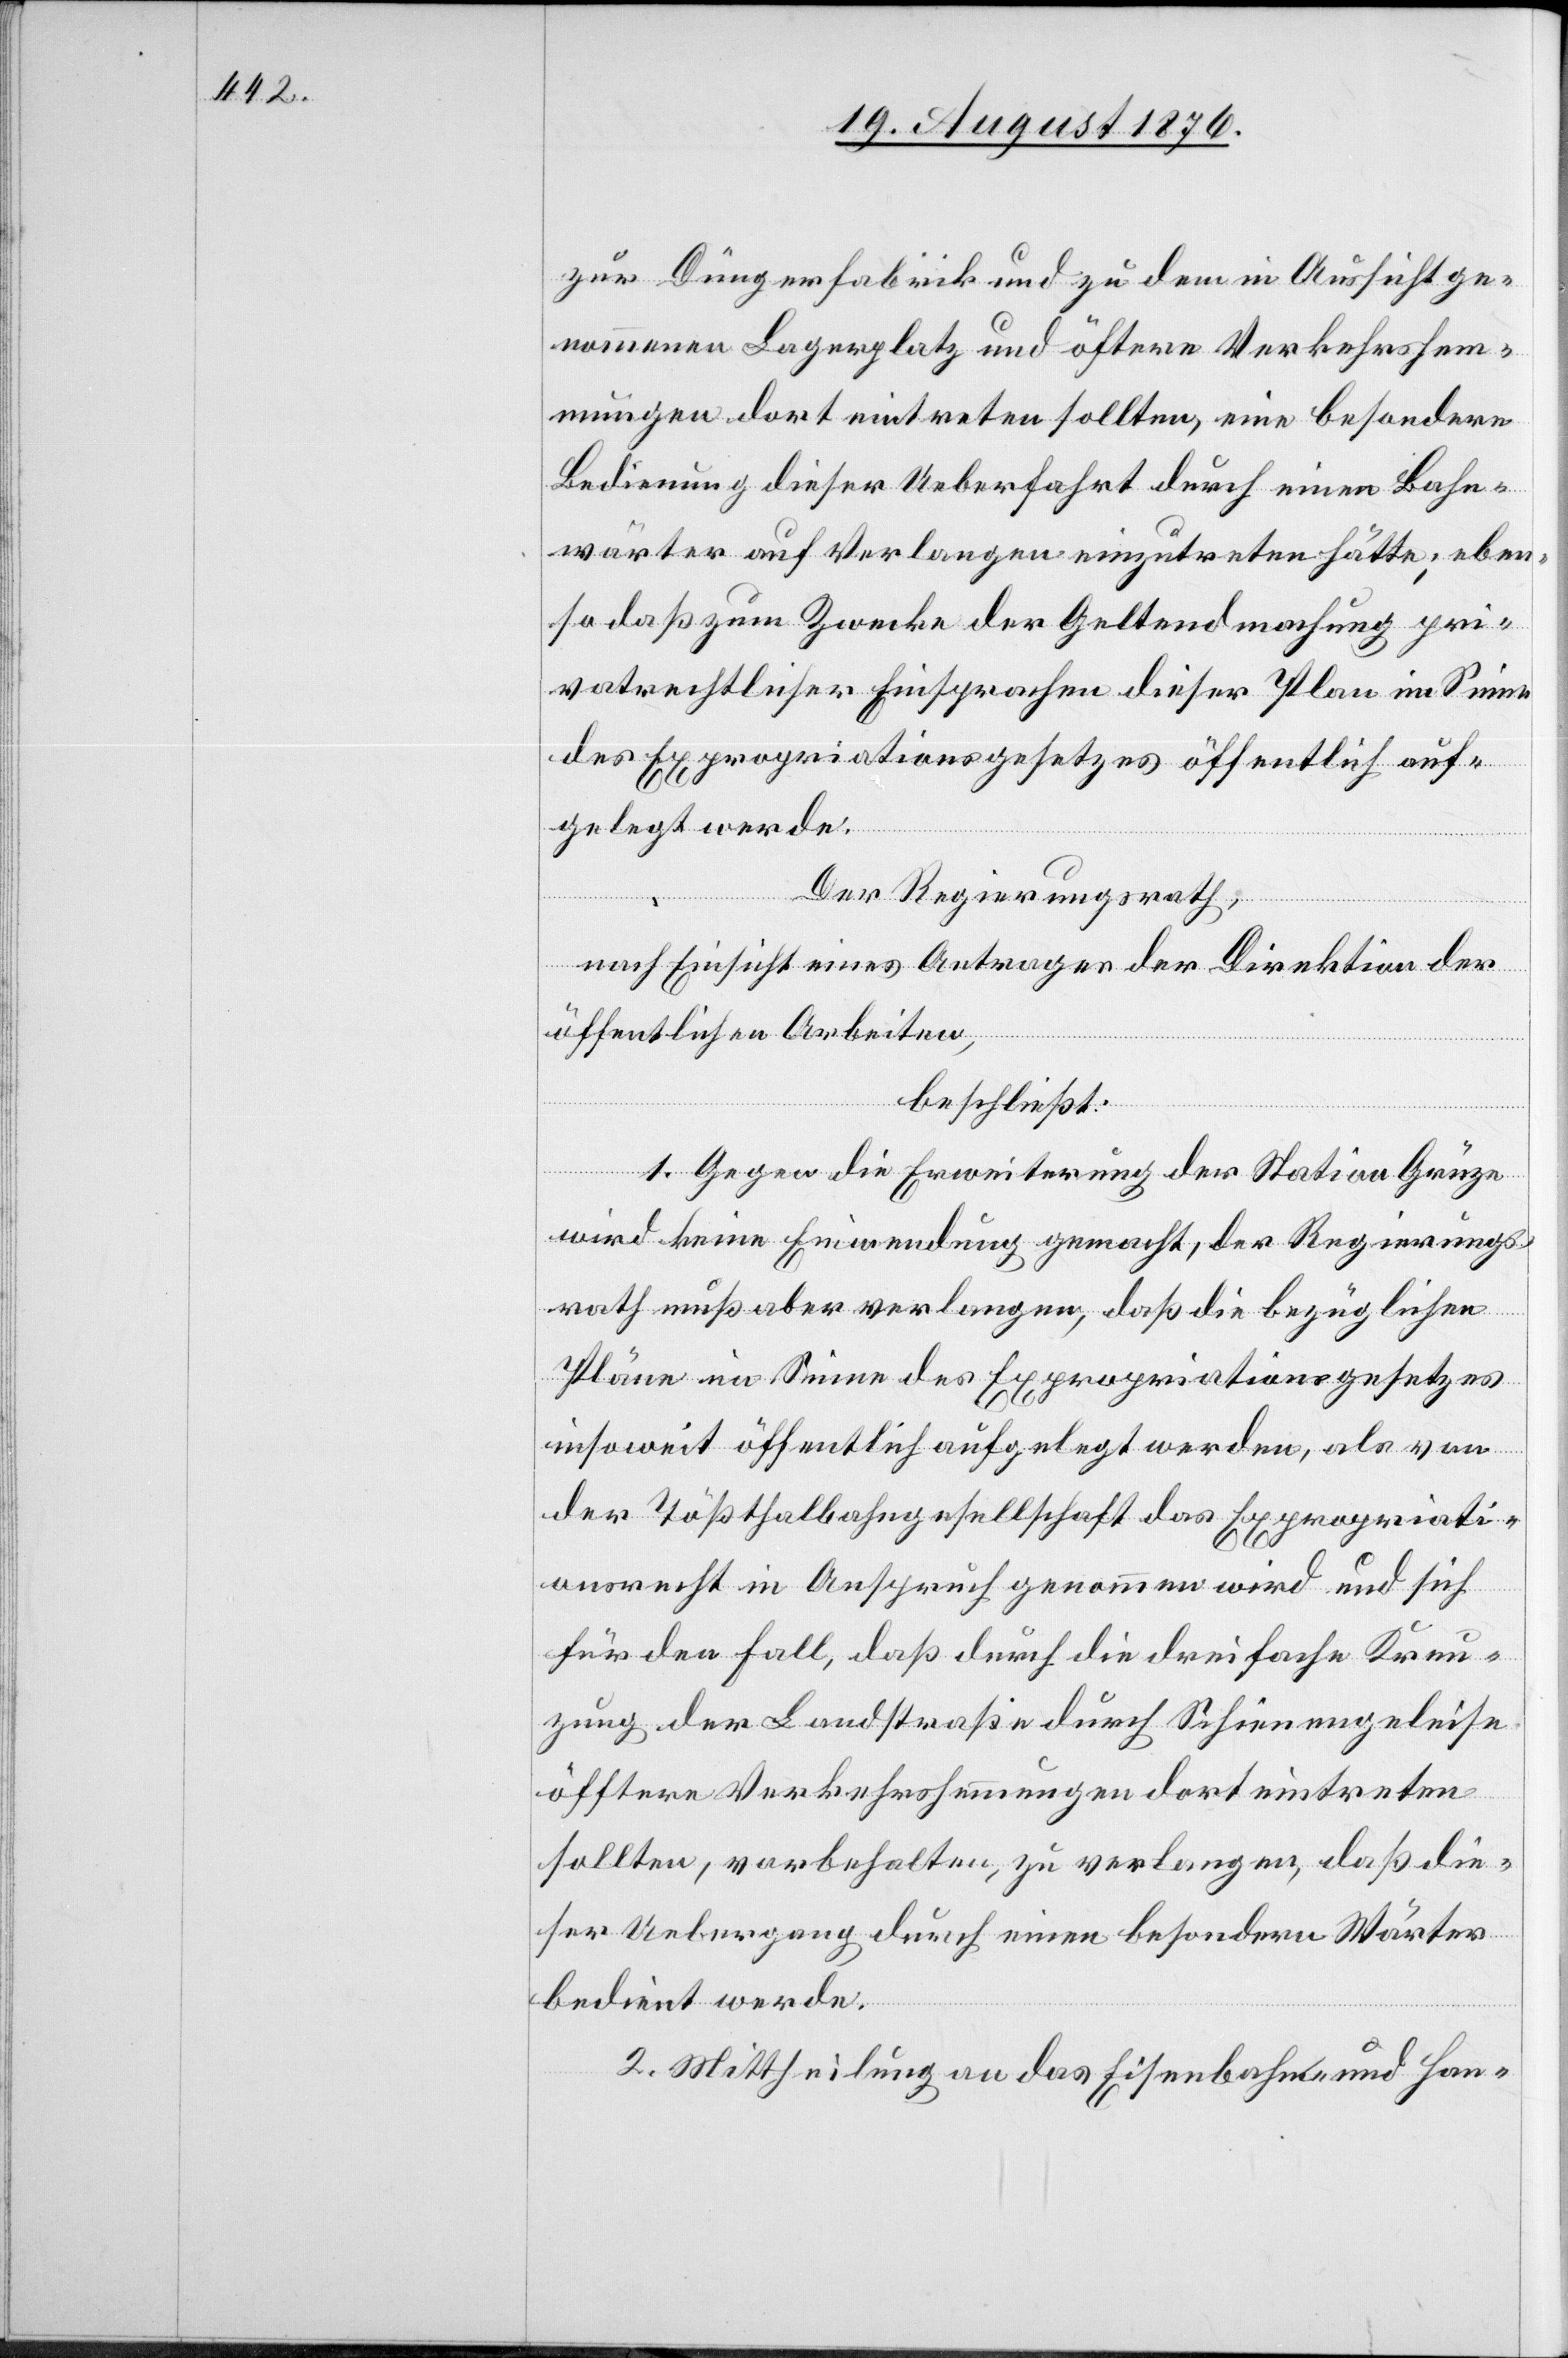
zur Düngerfabrik und zu dem in Aussicht ge¬
nommenen Lagerplatz und öftere Verkehrshem¬
mungen dort eintreten sollten, eine besondere
Bedienung dieser Ueberfahrt durch einen Bahn¬
wörter auf Verlangen einzutreten hätte; eben¬
so daß zum Zwecke der Geltendmachung pri¬
vatrechtlicher Einsprachen dieser Plan im Sinne
des Expropriationsgesetzes öffentlich auf¬
gelegt werde.
Der Regierungsrath,
nach Einsicht eines Antrages der Direktion der
öffentlichen Arbeiten,
beschließt:
1. Gegen die Erweiterung der Station Grüze
wird keine Einwendung gemacht, der Regierungs¬
rath muß aber verlangen, daß die bezüglichen
Pläne im Sinne des Expropriationsgesetzes
insoweit öffentlich aufgelegt werden, als von
der Tößthalbahngesellschaft das Expropriati¬
onsrecht in Anspruch genommen wird und sich
für den Fall, daß durch die dreifache Kreu¬
zung der Landstraße durch Schienengeleise
öfftere [sic!] Verkehrshemmungen dort eintreten
sollten, vorbehalten, zu verlangen, daß die¬
ser Uebergang durch einen besondern Wärter
bedient werde.
2. Mittheilung an das Eisenbahn- und Han-